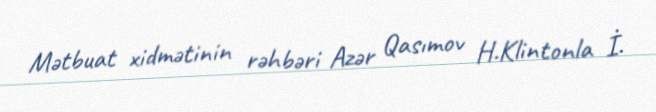
Mətbuat xidmətinin rəhbəri Azər Qasımov H.Klintonla İ.